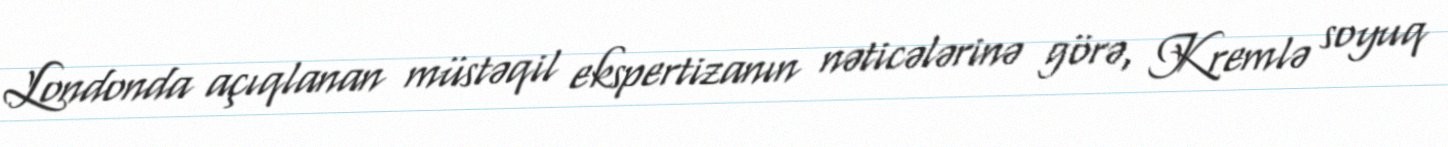
Londonda açıqlanan müstəqil ekspertizanın nəticələrinə görə, Kremlə soyuq